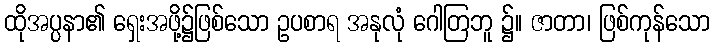
ထိုအပ္ပနာ၏ ရှေးအဖို့၌ဖြစ်သော ဥပစာရ အနုလုံ ဂေါတြဘူ ၌။ ဇာတာ၊ ဖြစ်ကုန်သော